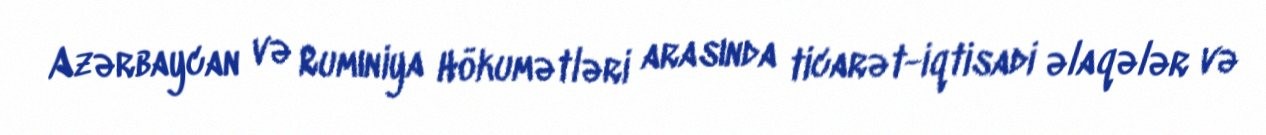
Azərbaycan və Rumıniya Hökumətləri arasında ticarət-iqtisadi əlaqələr və